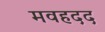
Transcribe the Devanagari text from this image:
मवहदद